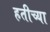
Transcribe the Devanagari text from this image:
हतीच्या